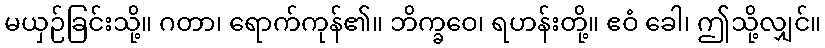
မယှဉ်ခြင်းသို့။ ဂတာ၊ ရောက်ကုန်၏။ ဘိက္ခဝေ၊ ရဟန်းတို့။ ဧဝံ ခေါ၊ ဤသို့လျှင်။